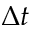
\Delta t